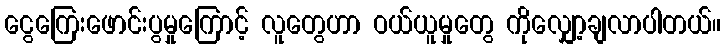
ငွေကြေးဖောင်းပွမှုကြောင့် လူတွေဟာ ဝယ်ယူမှုတွေ ကိုလျှော့ချလာပါတယ်။